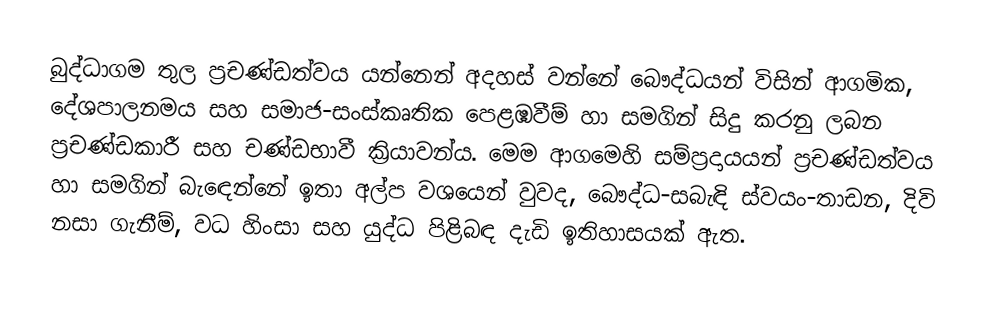
බුද්ධාගම තුල ප්‍රචණ්ඩත්වය යන්නෙන් අදහස් වන්නේ බෞද්ධයන් විසින් ආගමික, දේශපාලනමය සහ සමාජ-සංස්කෘතික පෙළඹවීම් හා සමගින් සිදු කරනු ලබන ප්‍රචණ්ඩකාරී සහ චණ්ඩභාවී ක්‍රියාවන්ය. මෙම ආගමෙහි සම්ප්‍රදායයන් ප්‍රචණ්ඩත්වය හා සමගින් බැ‍ඳෙන්නේ ඉතා අල්ප වශයෙන් වුවද, බෞද්ධ-සබැඳි ස්වයං-තාඩන, දිවි නසා ගැනීම්, වධ හිංසා සහ යුද්ධ පිළිබඳ දැඩි ඉතිහාසයක් ඇත.